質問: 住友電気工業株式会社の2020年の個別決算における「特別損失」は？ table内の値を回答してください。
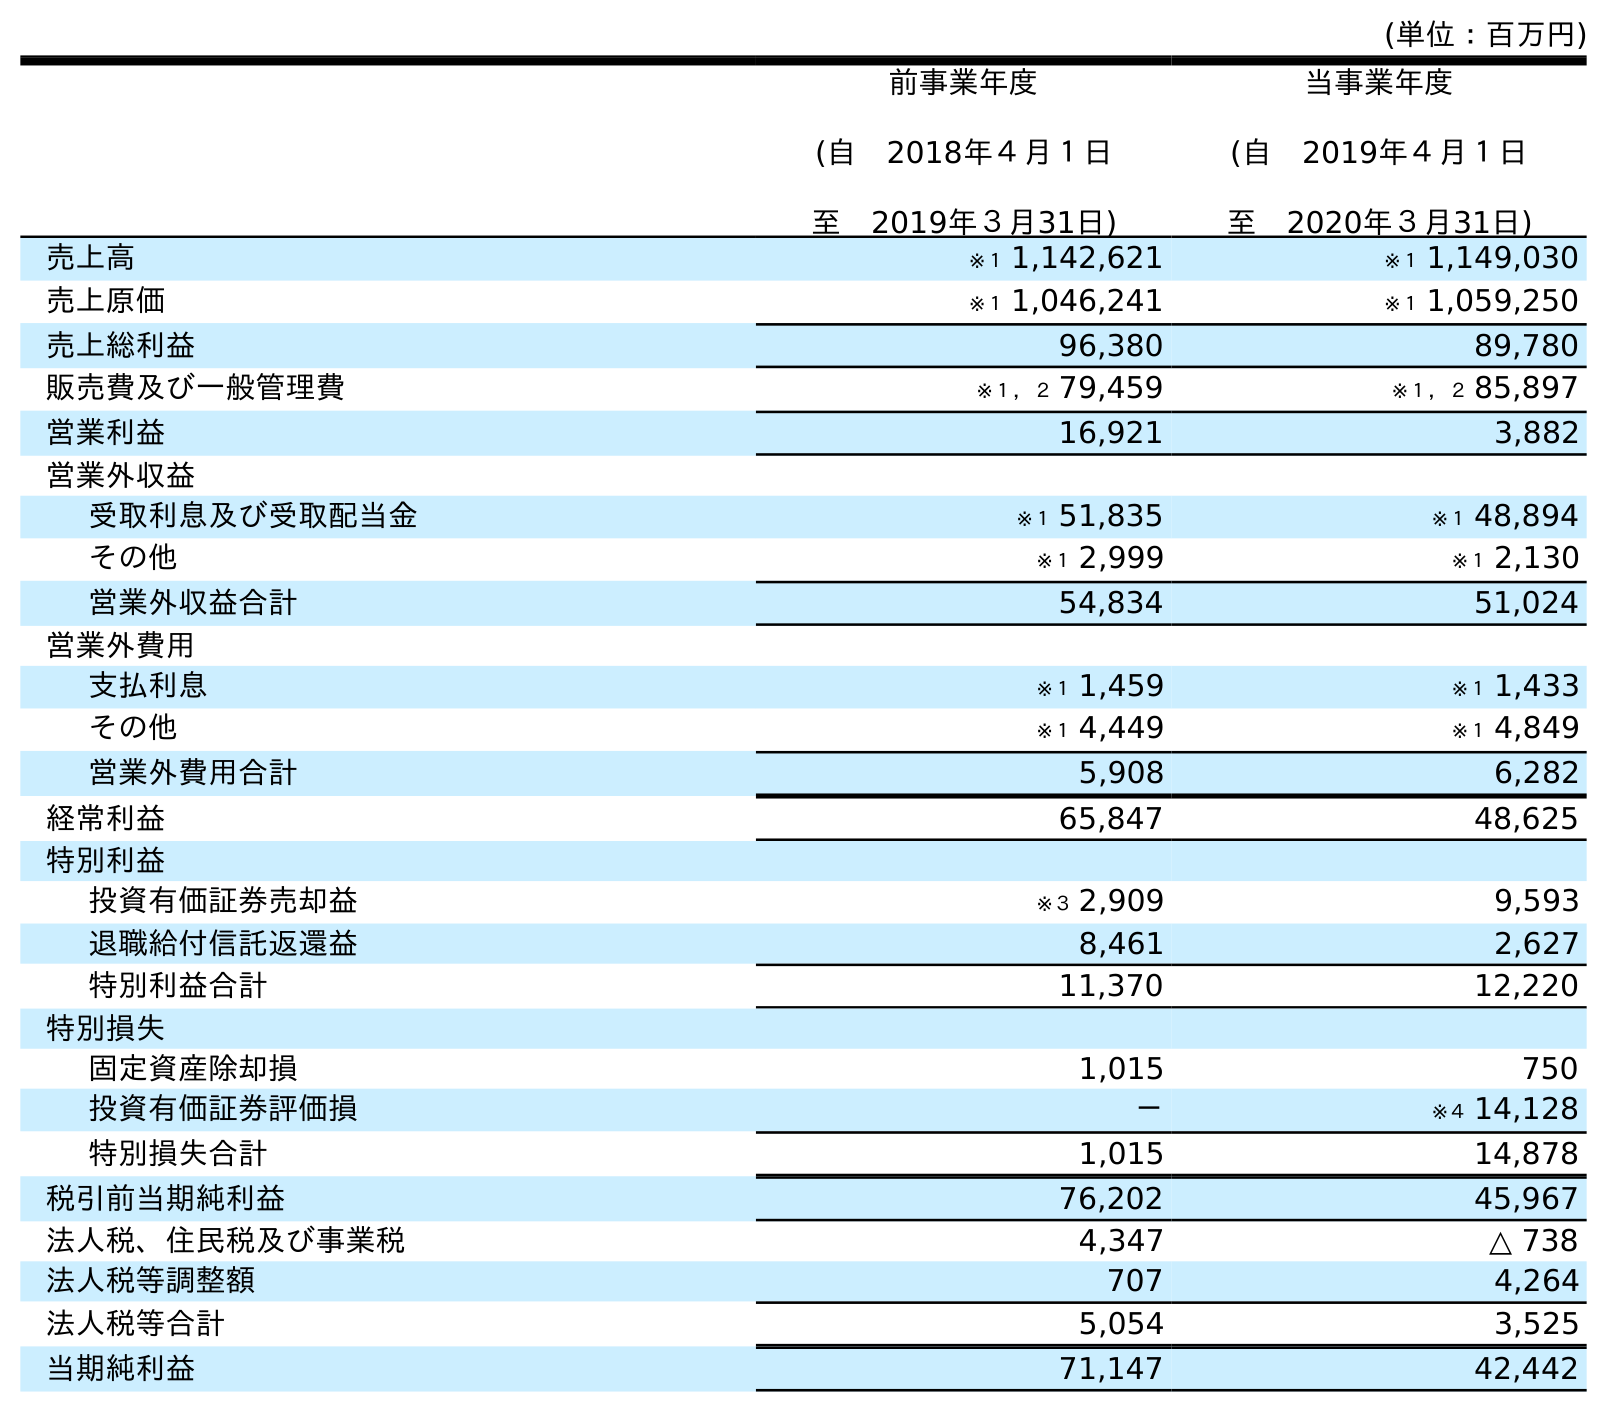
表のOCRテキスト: (単位：百万円) 前事業年度 (自 2018年４月１日 至 2019年３月31日) 当事業年度 (自 2019年４月１日 至 2020年３月31日) 売上高 ※１ 1,142,621 ※１ 1,149,030 売上原価 ※１ 1,046,241 ※１ 1,059,250 売上総利益 96,380 89,780 販売費及び一般管理費 ※１，２ 79,459 ※１，２ 85,897 営業利益 16,921 3,882 営業外収益 受取利息及び受取配当金 ※１ 51,835 ※１ 48,894 その他 ※１ 2,999 ※１ 2,130 営業外収益合計 54,834 51,024 営業外費用 支払利息 ※１ 1,459 ※１ 1,433 その他 ※１ 4,449 ※１ 4,849 営業外費用合計 5,908 6,282 経常利益 65,847 48,625 特別利益 投資有価証券売却益 ※３ 2,909 9,593 退職給付信託返還益 8,461 2,627 特別利益合計 11,370 12,220 特別損失 固定資産除却損 1,015 750 投資有価証券評価損 － ※４ 14,128 特別損失合計 1,015 14,878 税引前当期純利益 76,202 45,967 法人税、住民税及び事業税 4,347 △ 738 法人税等調整額 707 4,264 法人税等合計 5,054 3,525 当期純利益 71,147 42,442
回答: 14,878